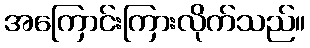
အကြောင်းကြားလိုက်သည်။